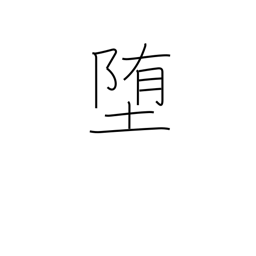
Meaning: lapse into